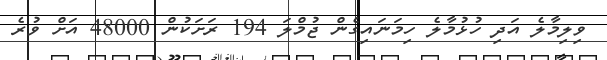
ވިލިމާލެ އަދި ހުޅުމާލެ ހިމަނައިގެން ޖުމްލަ 194 ރަށަކުން 48000 އަށް ވުރެ